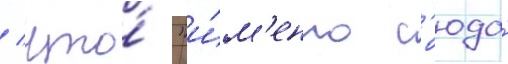
/ что́ "и́м'енно с'юда́